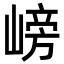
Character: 嵭